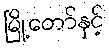
မြို့တော်နှင့်